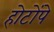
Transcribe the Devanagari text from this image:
होटोंपे